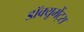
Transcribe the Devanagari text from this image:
डॉक्यूमेंट्स